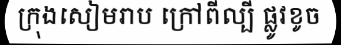
ក្រុងសៀមរាប ក្រៅពីល្បី ផ្លូវខូច